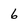
Character: 6